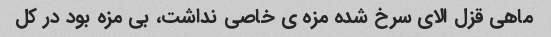
ماهی قزل الای سرخ شده مزه ی خاصی نداشت، بی مزه بود در کل